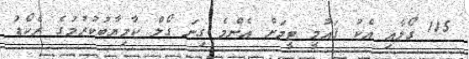
115 ގޯލާއި އެކު ޤައުމީ ޓީމަށް އެންމެ ގިނަ ގޯލް ކާމިޔާބުކުރުމުގެ ރެކޯޑު